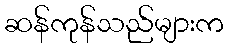
ဆန်ကုန်သည်များက